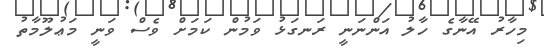
މިހާރު އޭނާގެ ހާލު އަންނަނީ ރަނގަޅު ވަމުން ކަމަށް ވެސް ވަނީ މަޢުލޫމާތު